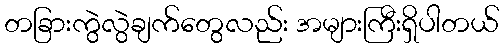
တခြားကွဲလွဲချက်တွေလည်း အများကြီးရှိပါတယ်